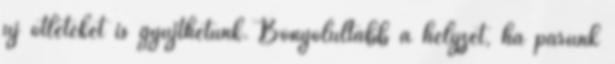
új ötleteket is gyűjthetünk. Bonyolultabb a helyzet, ha párunk